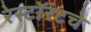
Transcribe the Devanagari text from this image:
रेस्टॉरंटचे